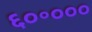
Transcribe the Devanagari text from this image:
६०॰०००